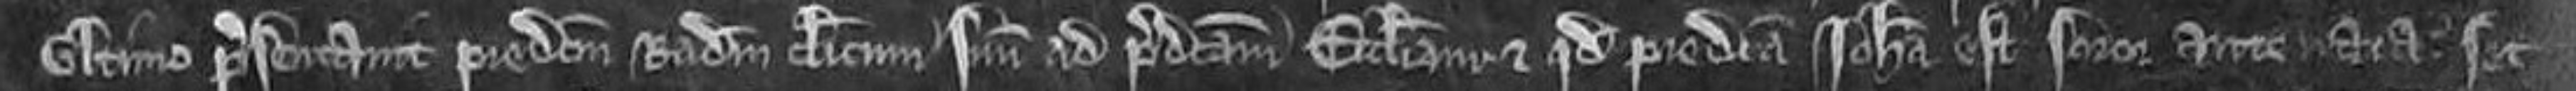
ultimo presentavit predictum Radulfum clericum suum ad predictam ecclesiam et quod predicta Johanna est soror antenata. set